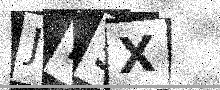
Text: JI5X